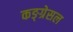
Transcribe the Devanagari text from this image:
कङ्ग्रेसल